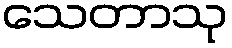
သေတာသု